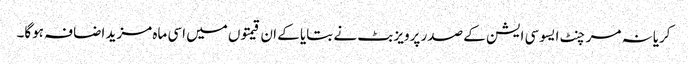
کریانہ مرچنٹ ایسوسی ایشن کے صدر پرویز بٹ نے بتایا کے ان قیمتوں میں اسی ماہ مزید اضافہ ہوگا۔